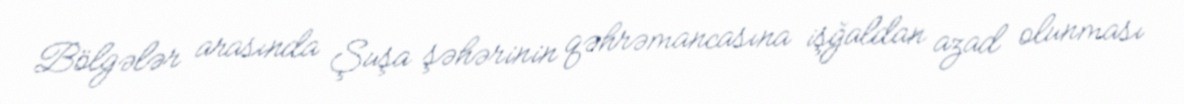
Bölgələr arasında Şuşa şəhərinin qəhrəmancasına işğaldan azad olunması